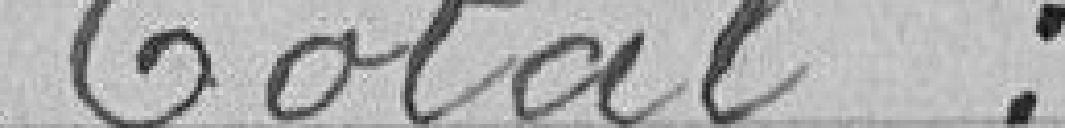
Total